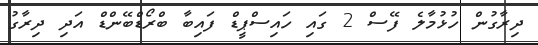
ދިރާގުން ހުޅުމާލެ ފޭސް 2 ގައި ހައިސްޕީޑް ފައިބާ ބްރޯޑްބޭންޑް އަދި ދިރާގު